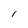
Character: I